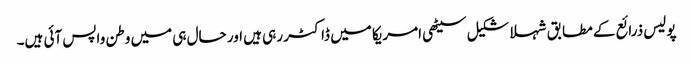
پولیس ذرائع کے مطابق شہلا شکیل سیٹھی امریکا میں ڈاکٹر رہی ہیں اور حال ہی میں وطن واپس آئی ہیں۔